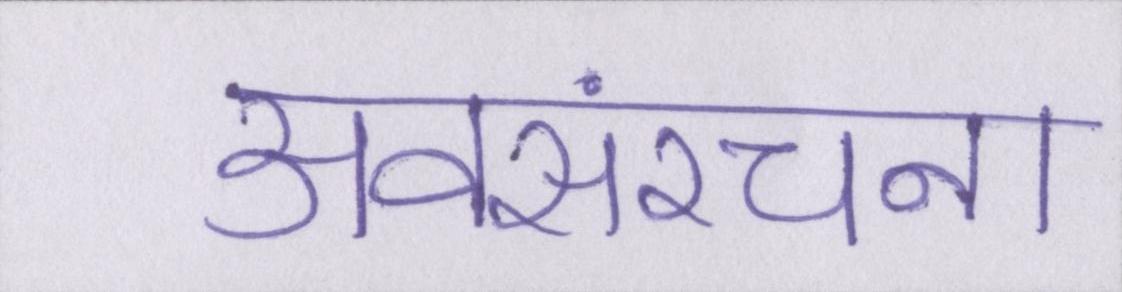
अवसंरचना